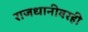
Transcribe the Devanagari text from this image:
राजधानीवरही